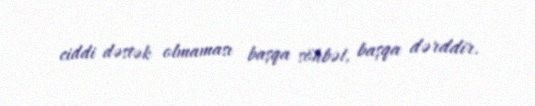
ciddi dəstək olmaması başqa söhbət, başqa dərddir.